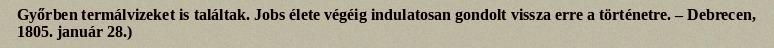
Győrben termálvizeket is találtak. Jobs élete végéig indulatosan gondolt vissza erre a történetre. – Debrecen, 1805. január 28.)